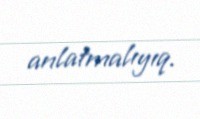
anlatmalıyıq.